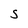
Character: S